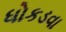
ધોકડવા